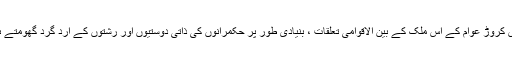
بیس کروڑ عوام کے اس ملک کے بین الاقوامی تعلقات ، بنیادی طور پر حکمرانوں کی ذاتی دوستیوں اور رشتوں کے ارد گرد گھومتے ہیں۔